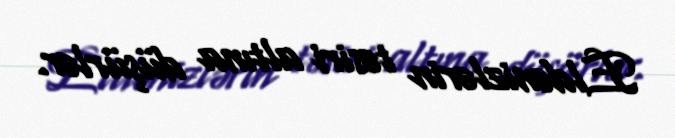
Eldənizlərin təsiri altına düşürlər.